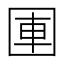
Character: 𪢫